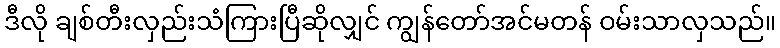
ဒီလို ချစ်တီးလှည်းသံကြားပြီဆိုလျှင် ကျွန်တော်အင်မတန် ဝမ်းသာလှသည်။